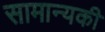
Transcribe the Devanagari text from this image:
सामान्यकी